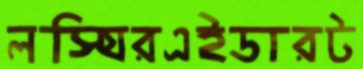
লস্যিরএইডারট